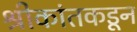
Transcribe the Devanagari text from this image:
श्रीकांतकडून